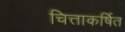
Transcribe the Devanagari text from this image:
चित्ताकर्षित